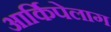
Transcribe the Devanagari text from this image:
आर्किपेलाग